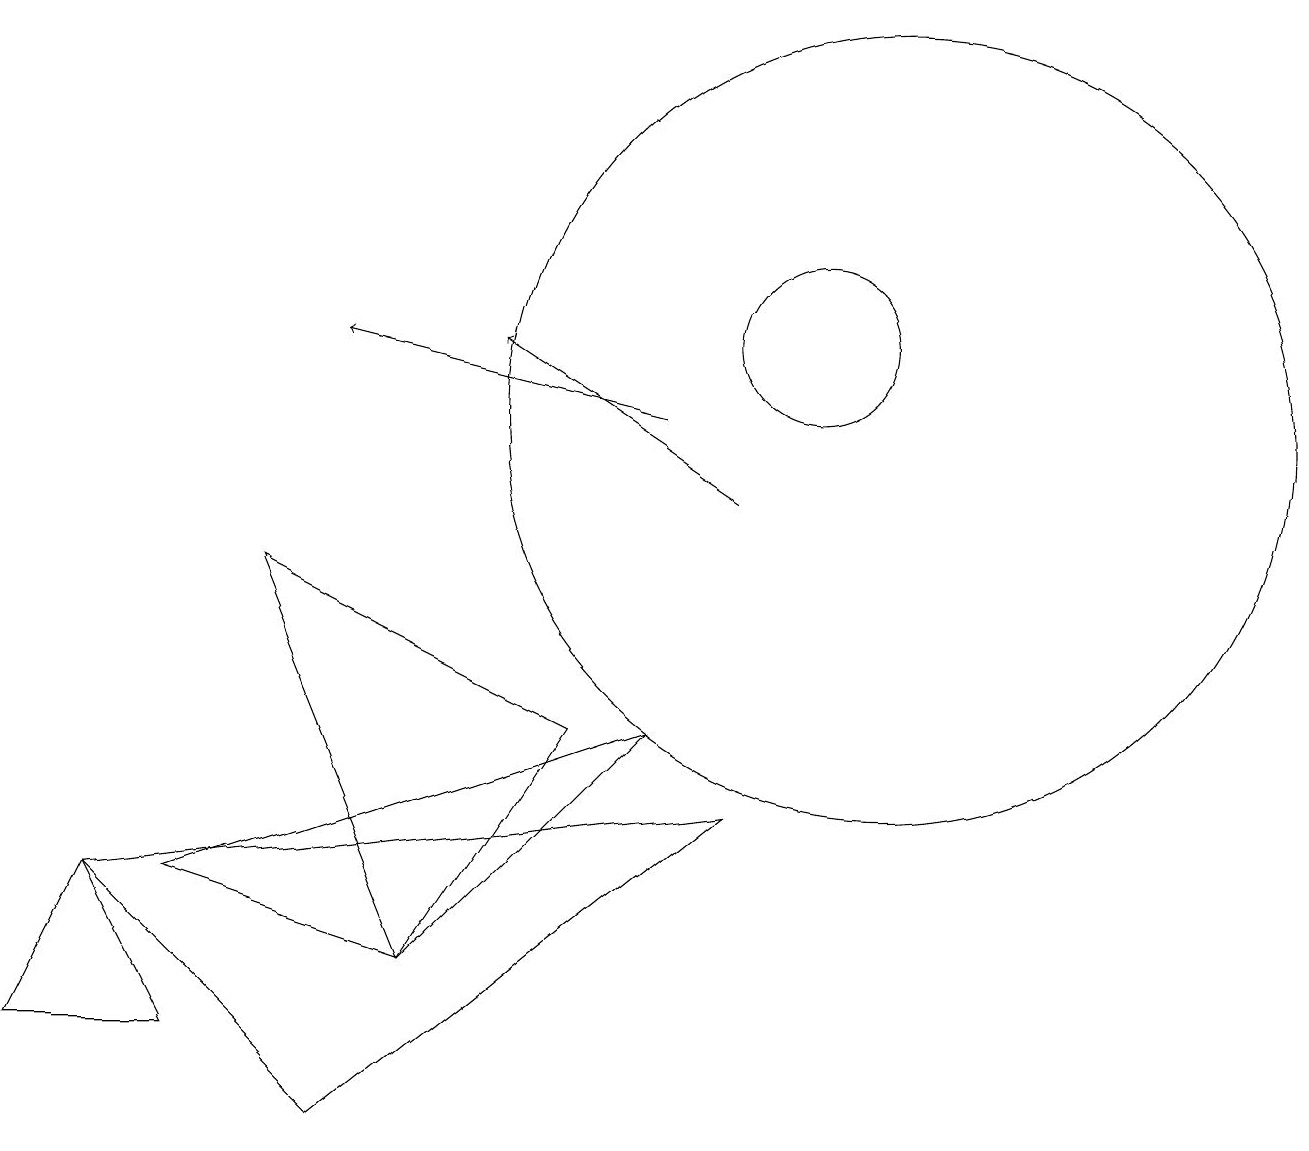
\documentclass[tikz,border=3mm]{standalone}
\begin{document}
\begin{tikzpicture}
\draw (8,7) -- (2,5) -- (5,4) -- cycle;
\draw (10,12) circle (1);
\draw[->] (9,10) -- (6,12);
\draw (9,6) -- (1,5) -- (4,2) -- cycle;
\draw (11,11) circle (5);
\draw (1,5) -- (0,3) -- (2,3) -- cycle;
\draw[->] (8,11) -- (4,12);
\draw (7,7) -- (5,4) -- (3,9) -- cycle;
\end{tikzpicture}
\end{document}